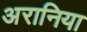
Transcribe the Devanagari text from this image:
अरानिया